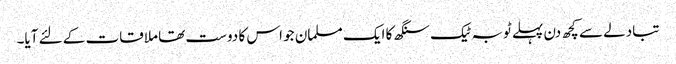
تبادلے سے کچھ دن پہلے ٹوبہ ٹیک سنگھ کا ایک مسلمان جو اس کا دوست تھا ملاقات کے لئے آیا۔